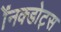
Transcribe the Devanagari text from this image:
ॲनक्डोट्स